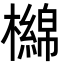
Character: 檰